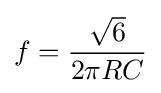
f={\frac {\sqrt {6}}{2\pi RC}}